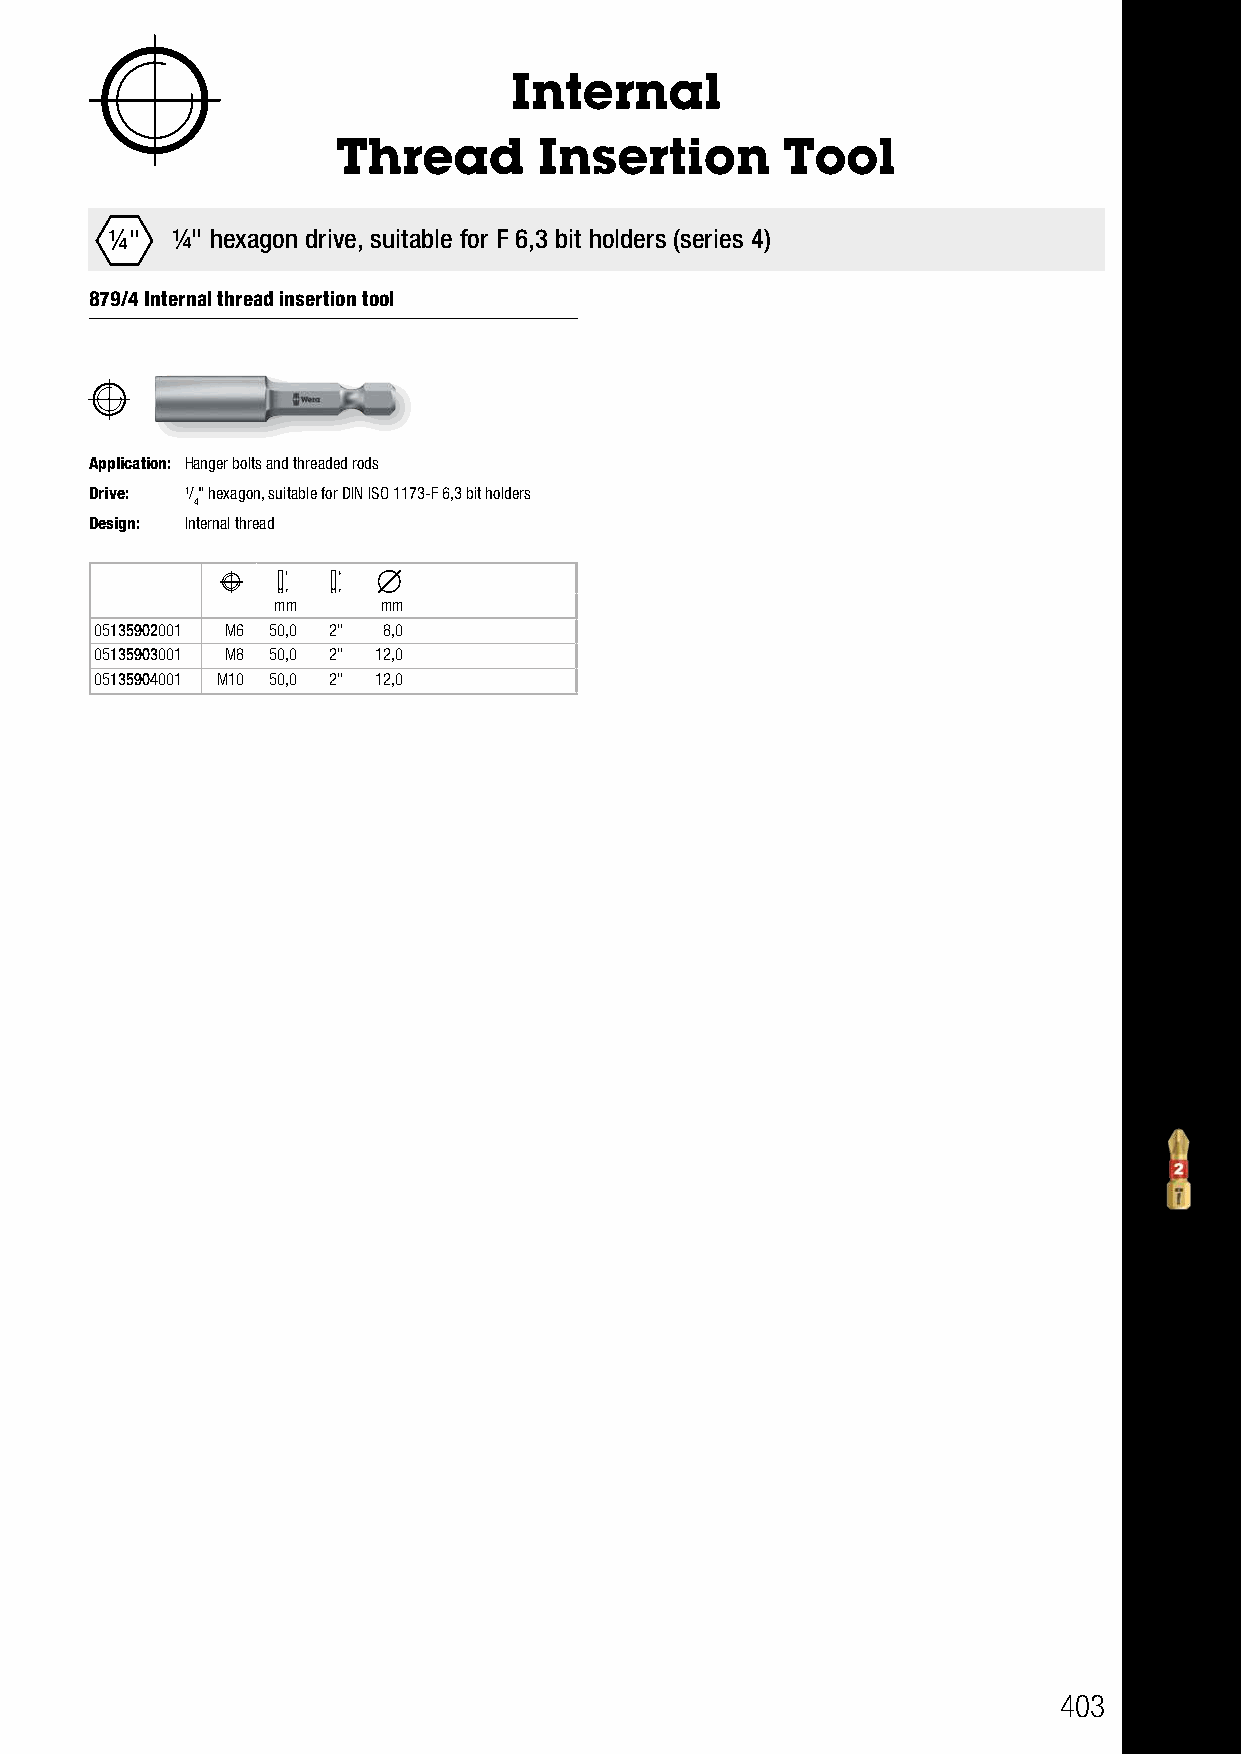
Nutsetters                        Internal
 Thread        Insertion       Tool
 ¼"  ¼" hexagon drive, suitable for F 6,3 bit holders (series 4)
 879/4 Internal thread insertion tool
 Application: Hanger bolts and threaded rods
 Drive: 1/" hexagon, suitable for DIN ISO 1173-F 6,3 bit holders
 4
 Design: Internal thread
 mm     mm
 05135902001 M6 50,0 2" 8,0
 05135903001 M8 50,0 2" 12,0
 05135904001 M10 50,0 2" 12,0
 403